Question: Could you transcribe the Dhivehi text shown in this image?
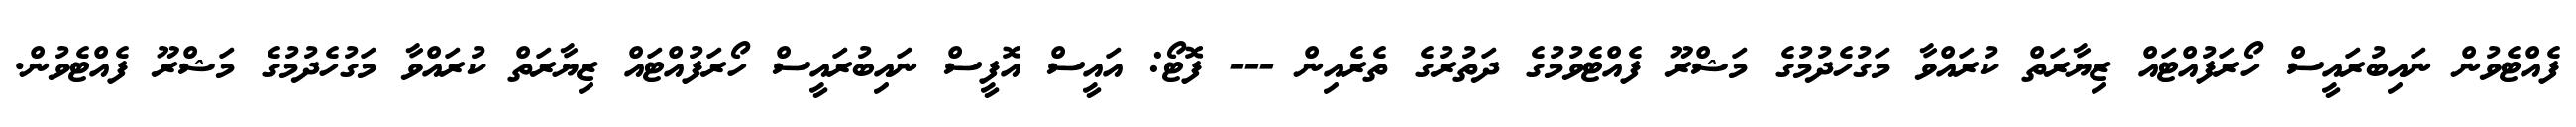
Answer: ފެއްޓެވުން ނައިބުރައީސް ހޯރަފުއްޓައް ޒިޔާރަތް ކުރައްވާ މަގުހެދުމުގެ މަޝްރޫ ފެއްޓެވުމުގެ ދަތުރުގެ ތެރެއިން --- ފޮޓޯ: އައީސް އޮފީސް ނައިބުރައީސް ހޯރަފުއްޓައް ޒިޔާރަތް ކުރައްވާ މަގުހެދުމުގެ މަޝްރޫ ފެއްޓެވުން.